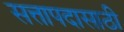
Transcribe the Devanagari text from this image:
सत्तापदासाठी